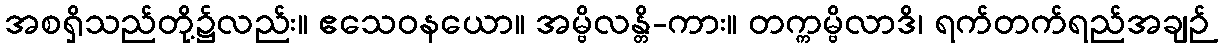
အစရှိသည်တို့၌လည်း။ ဧသေဝနယော။ အမ္ဗိလန္တိ-ကား။ တက္ကမ္ဗိလာဒိ၊ ရက်တက်ရည်အချဉ်